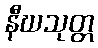
နီဃသုတ္တ